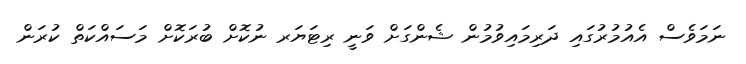
ނަމަވެސް އެއުމުރުގައި ދަރިމައިވުމުން ޝެންގަށް ވަނީ ރިޓަޔަރ ނުކޮށް ބުރަކޮށް މަސައްކަތް ކުރަން